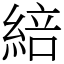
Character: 䋨